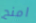
امنح